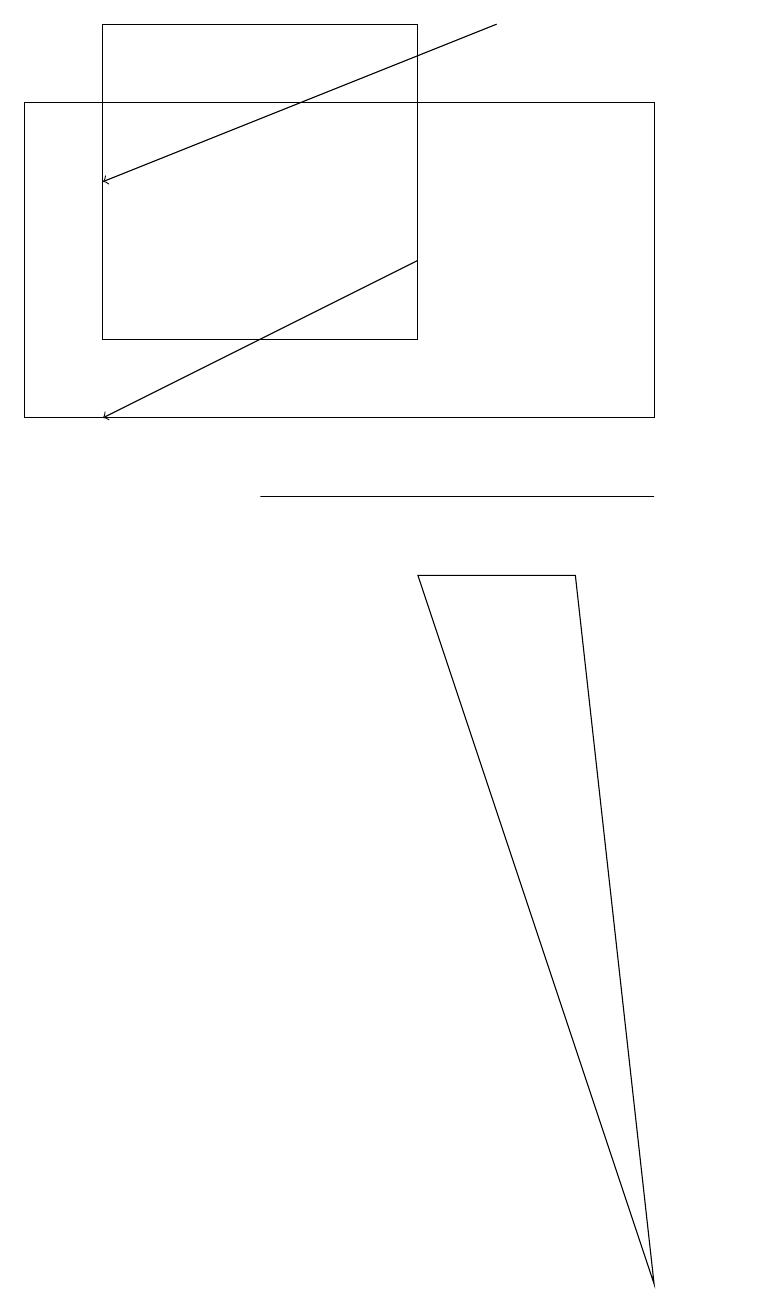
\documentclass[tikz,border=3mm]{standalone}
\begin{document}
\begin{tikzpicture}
\draw (6,9) -- (8,9) -- (9,0) -- cycle;
\draw (4,10) rectangle (9,10);
\draw[->] (6,13) -- (2,11);
\draw[->] (7,16) -- (2,14);
\draw (2,12) rectangle (6,16);
\draw (10,11) circle (0);
\draw (9,15) rectangle (1,11);
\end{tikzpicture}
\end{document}